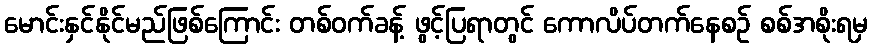
မောင်းနှင်နိုင်မည်ဖြစ်ကြောင်း တစ်ဝက်ခန့် ဖွင့်ပြရာတွင် ကောလိပ်တက်နေစဉ် စစ်အစိုးရမှ